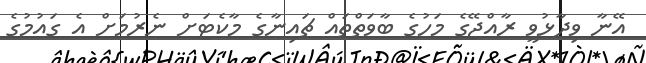
އޭނާ ވިދާޅުވީ ރާއްޖޭގެ މަހުގެ ބާވަތްތައް ޗައިނާގެ މާކެޓަށް ނެރުމަށް އެ ގައުމުގެ